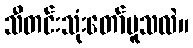
သီတင်းသုံးတော်မူသလဲ။